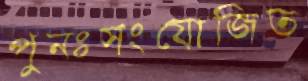
পুনঃসংযোজিত